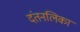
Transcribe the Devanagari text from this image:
दंतनलिका